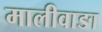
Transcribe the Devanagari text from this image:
मालीवाङा